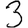
Digit: 3